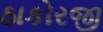
ઠાકોરજી